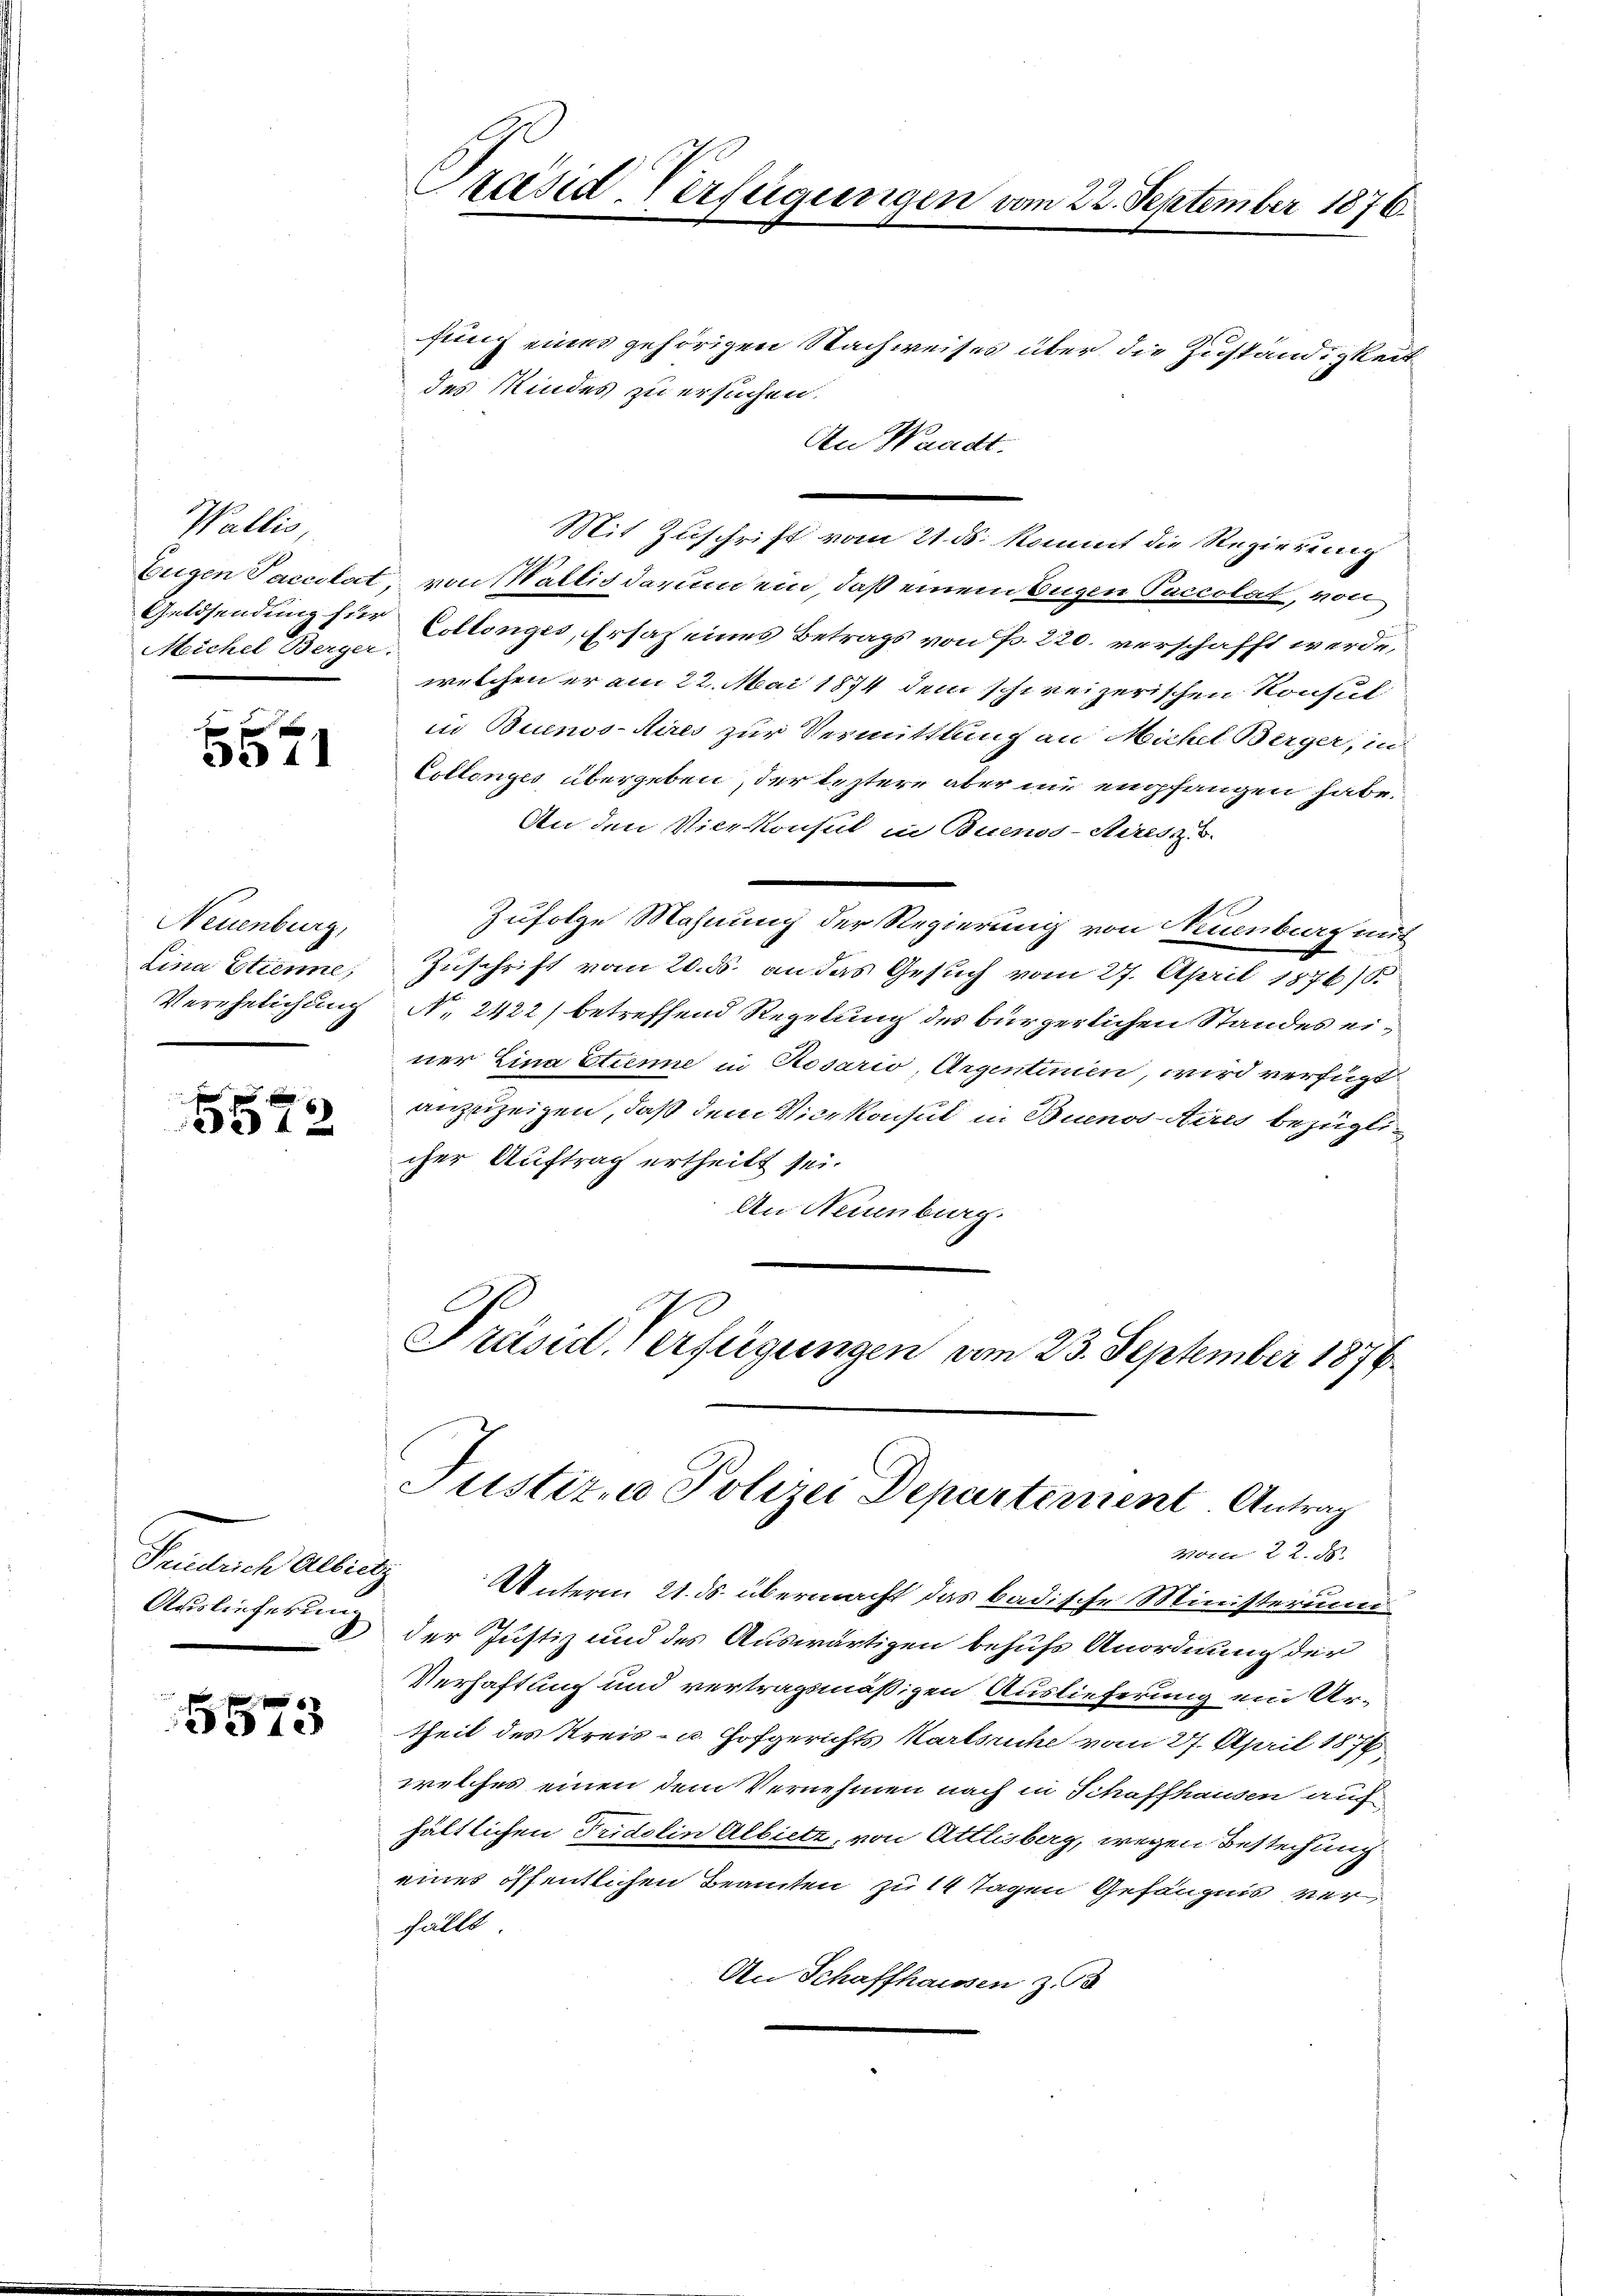
Wallis,
Meichel Berger.

e
341

Neuenburg,
Lina Etienne,
Verehelichung

xx
342

Auslieferung

5573

Präsid-Verfügungen vom 22. September 1876.

fung eines gehörigen Nachweises über die Zuständigkeit
des Kindes zu ersuchen.
An Waadt.
Mit Zuschrift vom 21. ds. kommt die Regierung
.
Eugen Saccolat von Wallis darum ein, daß einem Eigen Paccolat, von
Geldsendung für Collenges, Ersatz eines Betrags von Fr. 220. verschafft werde,
welchen er am 22. Mai 1874 dem schweizerischen Konsul
in Buenos-Aires zur Vermittlung an Michel Berger, in
Collenges übergeben, der leztere aber nie empfangen habe.
An den Vicekonsul in Buenos-Steresz. u.
Zufolge Mahnung der Regierung von Neuenburg mit
Zuschrift vom 20. ds. an das Gesuch vom 27. April 1876/8.
No. 2422) betreffend Regelung des bürgerlichen Standes einer Lina Etienne in Rosario, Argentinien, wird verfügt
anzuzeigen, daß dem Vicekonsul in Buenos Aires bezüglicher Auftrag ertheilt sei.
An Neuenburg.
Präsid. Verfügungen vom 23. September 1876

Justiz- & Polizei Departement. Antrag
Molli 22. ds.

Friedrich Albietz Unterm 21. ds. übermacht das badische Ministerium
der Justiz und des Auswärtigen behufs Anordnung der
Verhaftung und vertragsmäßigen Auslieferung ein Urtheil des Kreis- u. Hofgerichts Karlsruhe vom 27. April 1874
welches einen dem Vernehmen nach in Schaffhausen auf
hältlichen Fridolin Albietz, von Attlisberg, wegen Bestechung
eines öffentlichen Beamten zu 14 Tagen Gefängnis ver
fällt.
An Schaffhaussen z.